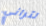
لتراني